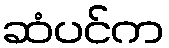
ဆံပင်က